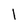
Character: l